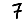
Digit: 7